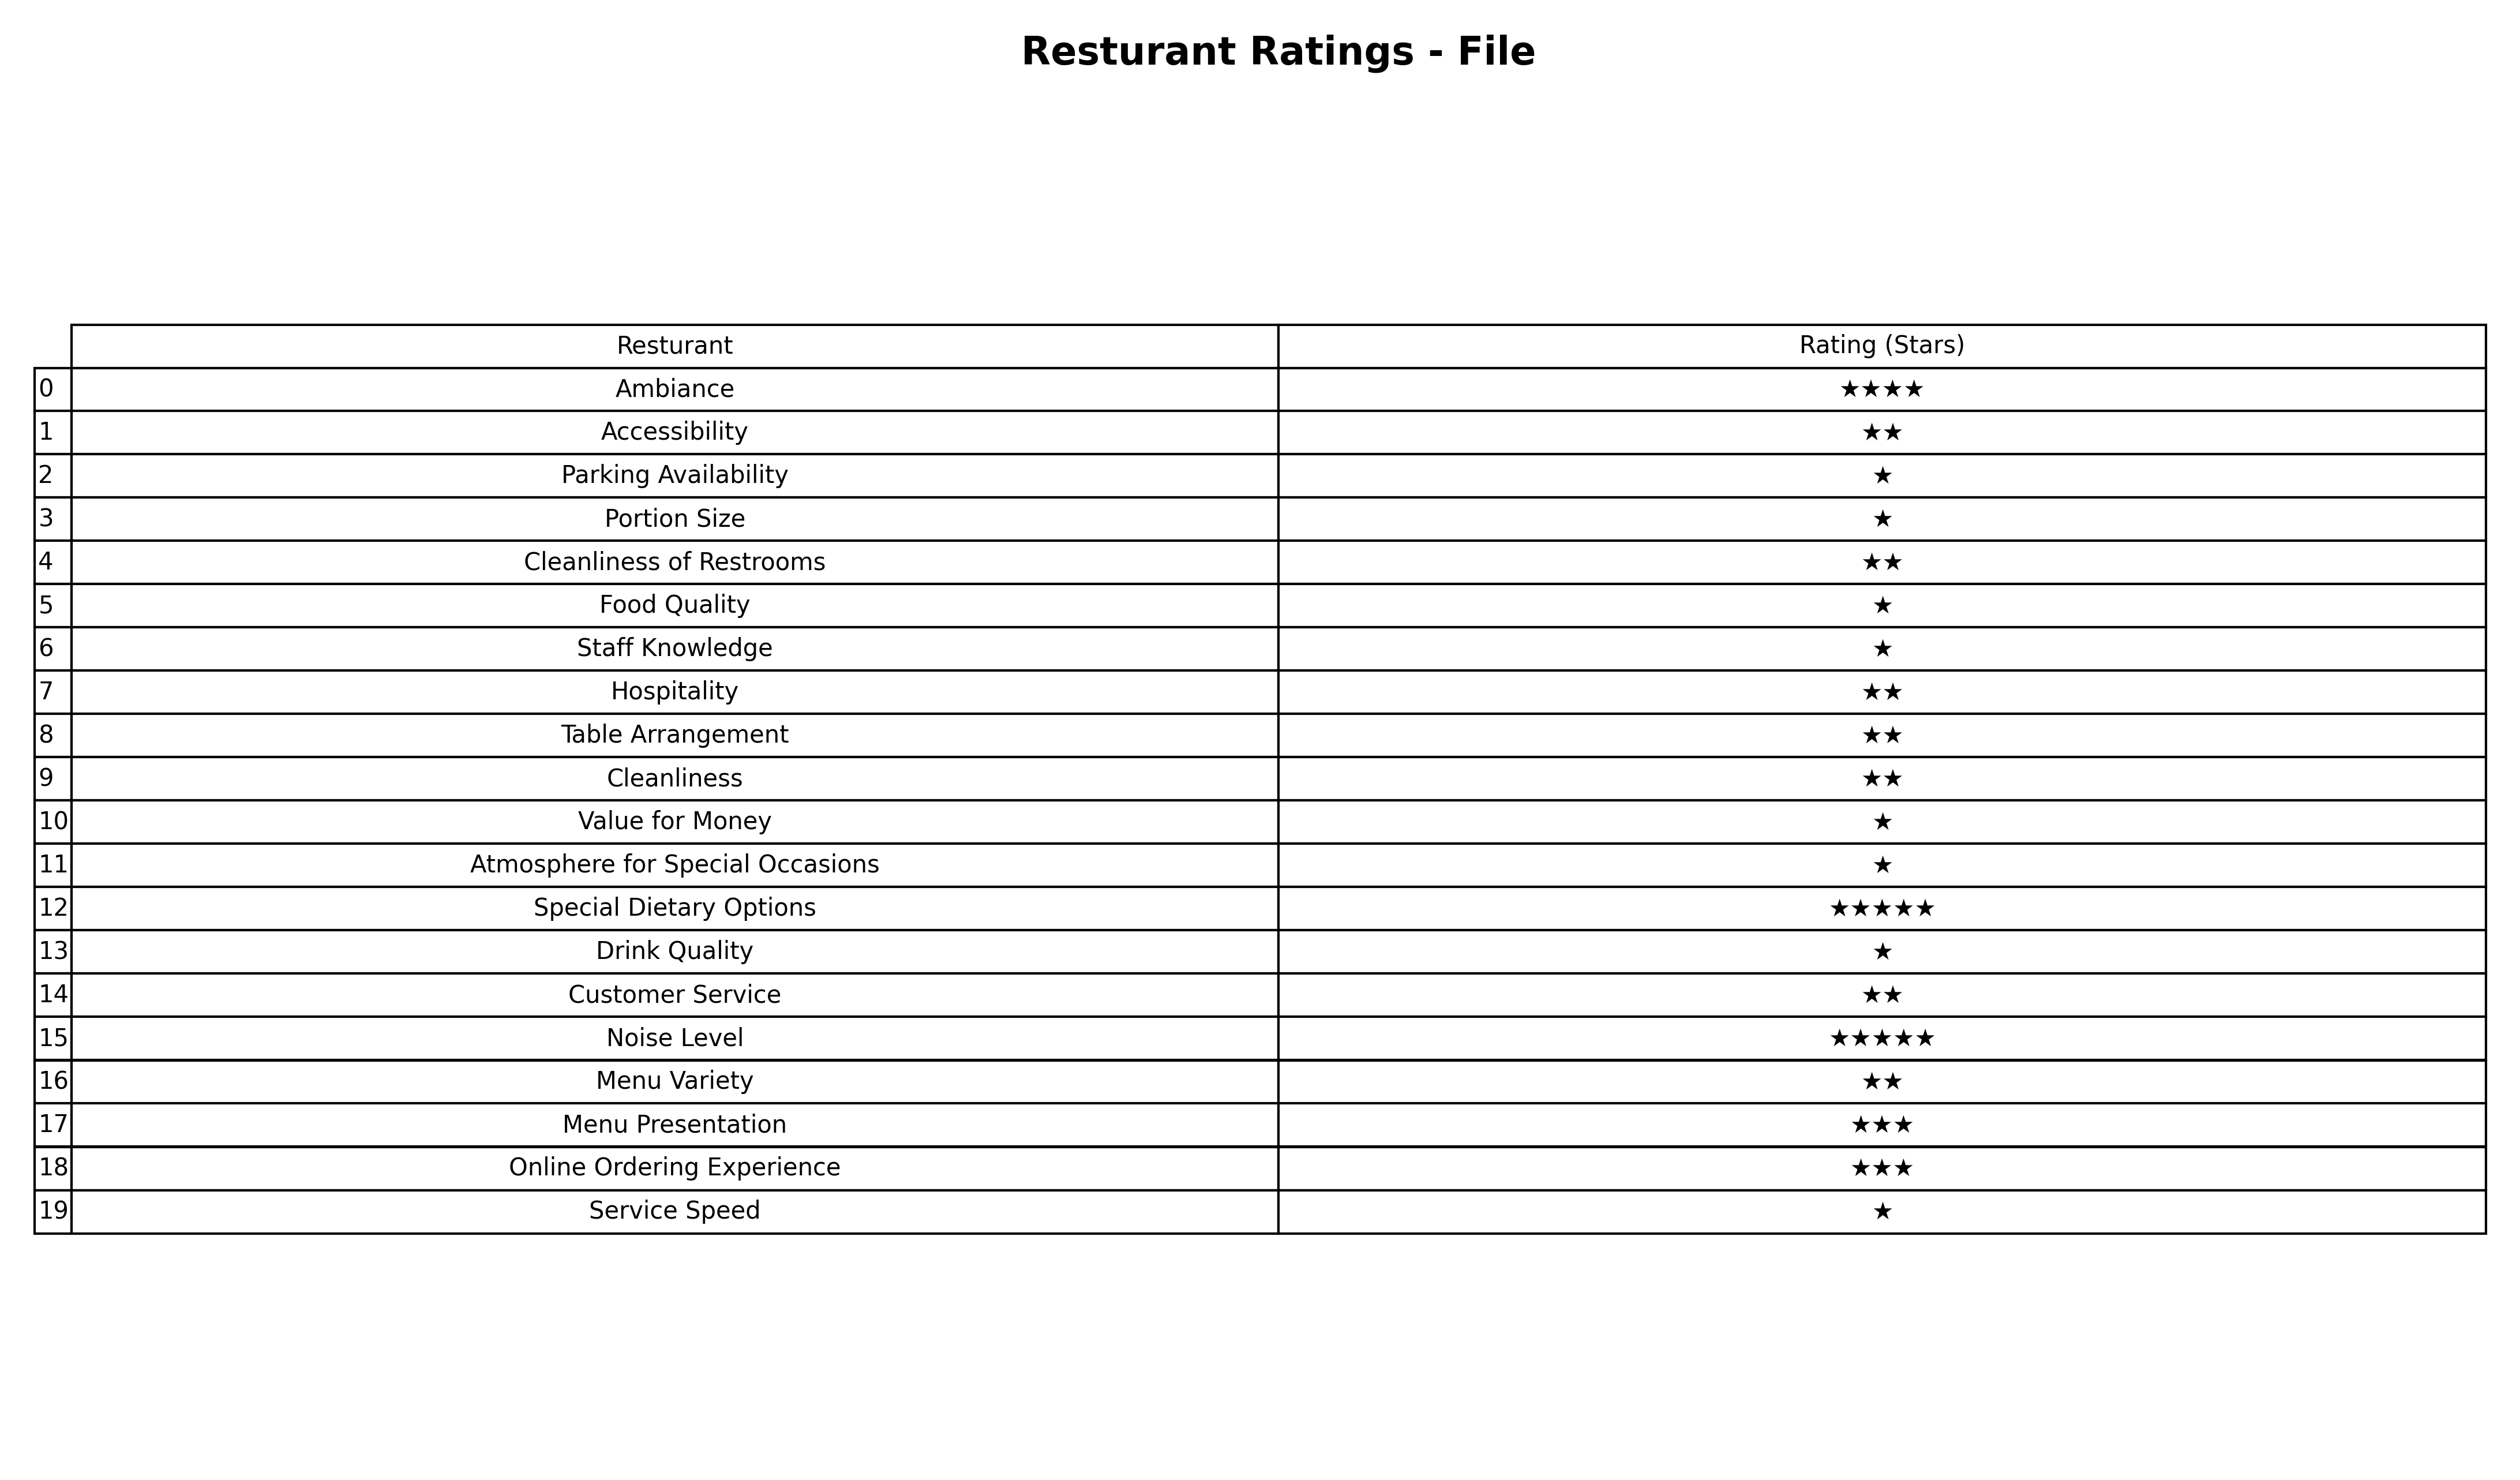
question: What are lowest rating services?
answer: Ambiance